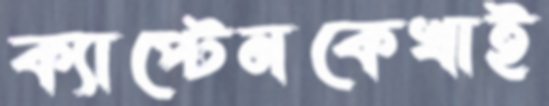
ক্যাপ্টেনকেখাই